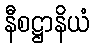
နီစဋ္ဌာနိယံ